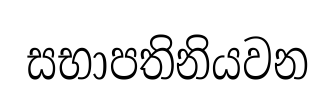
සභාපතිනියවන